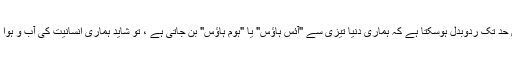
اگر کوئی آتش فشاں پھٹنے سے ہمارے آب و ہوا کو اس حد تک ردوبدل ہوسکتا ہے کہ ہماری دنیا تیزی سے "آئس ہاؤس" یا "ہوم ہاؤس" بن جاتی ہے ، تو شاید ہماری انسانیت کی آب و ہوا کی تبدیلی کو کم کرنے کی کوششیں وقت کا ضیاع ہیں؟